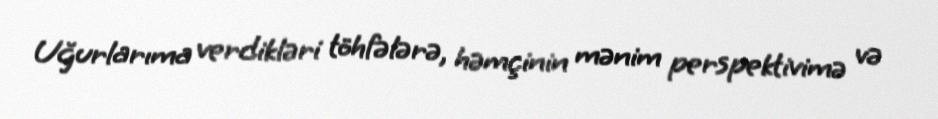
Uğurlarıma verdikləri töhfələrə, həmçinin mənim perspektivimə və